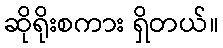
ဆိုရိုးစကား ရှိတယ်။